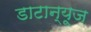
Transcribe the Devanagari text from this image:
डाटान्यूज